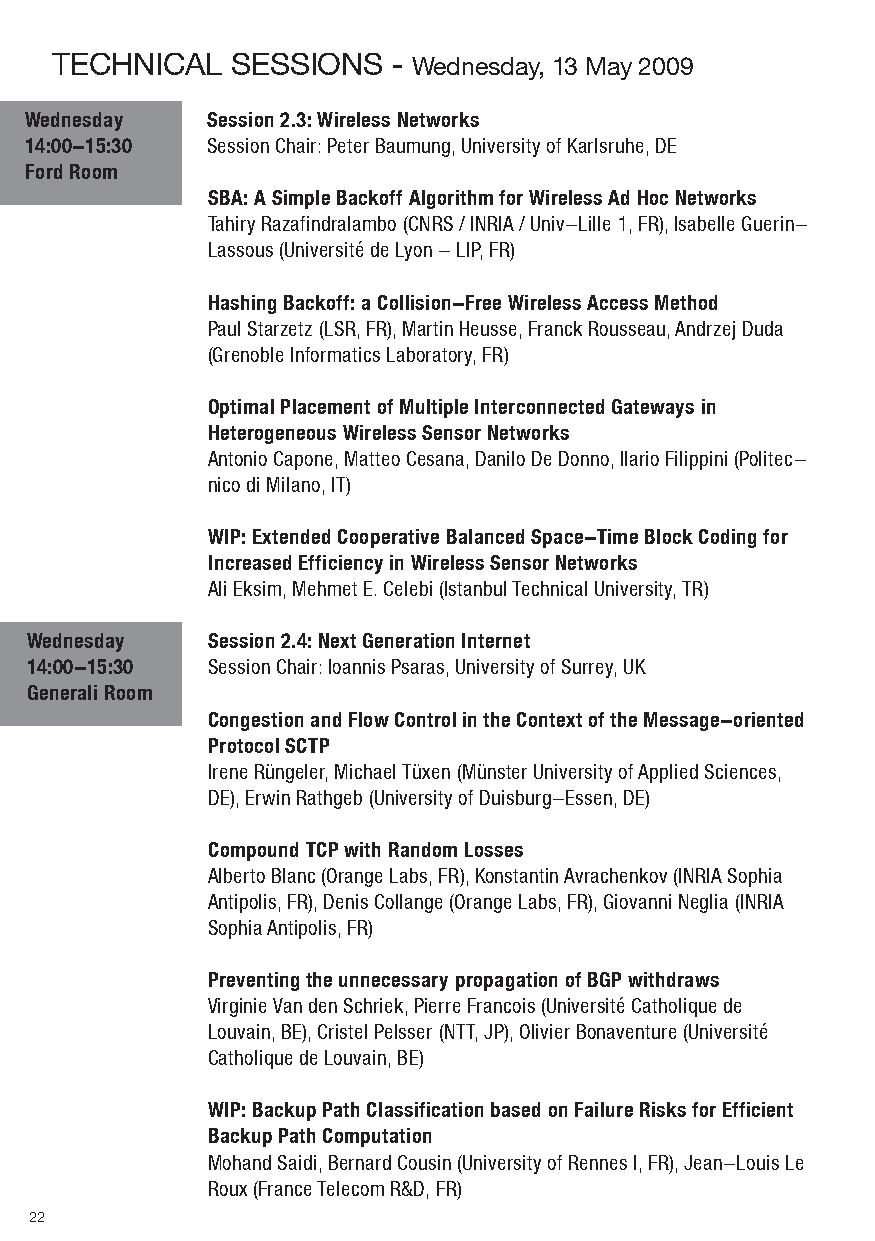
teCHNICAl   SeSSIoNS   - wednesday, 13 May 2009
 Wednesday   Session 2.3: Wireless Networks
 14:00-15:30 Session Chair: Peter Baumung, University of Karlsruhe, DE
 Ford Room
 SBA: A Simple Backoff Algorithm for Wireless Ad Hoc Networks
 Tahiry Razafindralambo (CNRS / INRIA / Univ-Lille 1, FR), Isabelle Guerin-
 Lassous (Université de Lyon - LIP, FR)
 Hashing Backoff: a Collision-Free Wireless Access Method
 Paul Starzetz (LSR, FR), Martin Heusse, Franck Rousseau, Andrzej Duda
 (Grenoble Informatics Laboratory, FR)
 Optimal Placement of Multiple Interconnected Gateways in
 Heterogeneous Wireless Sensor Networks
 Antonio Capone, Matteo Cesana, Danilo De Donno, Ilario Filippini (Politec-
 nico di Milano, IT)
 WIP: Extended Cooperative Balanced Space-Time Block Coding for
 Increased Efficiency in Wireless Sensor Networks
 Ali Eksim, Mehmet E. Celebi (Istanbul Technical University, TR)
 Wednesday   Session 2.4: Next Generation Internet
 14:00-15:30 Session Chair: Ioannis Psaras, University of Surrey, UK
 Generali Room
 Congestion and Flow Control in the Context of the Message-oriented
 Protocol SCTP
 Irene Rüngeler, Michael Tüxen (Münster University of Applied Sciences,
 DE), Erwin Rathgeb (University of Duisburg-Essen, DE)
 Compound TCP with Random Losses
 Alberto Blanc (Orange Labs, FR), Konstantin Avrachenkov (INRIA Sophia
 Antipolis, FR), Denis Collange (Orange Labs, FR), Giovanni Neglia (INRIA
 Sophia Antipolis, FR)
 Preventing the unnecessary propagation of BGP withdraws
 Virginie Van den Schriek, Pierre Francois (Université Catholique de
 Louvain, BE), Cristel Pelsser (NTT, JP), Olivier Bonaventure (Université
 Catholique de Louvain, BE)
 WIP: Backup Path Classification based on Failure Risks for Efficient
 Backup Path Computation
 Mohand Saidi, Bernard Cousin (University of Rennes I, FR), Jean-Louis Le
 Roux (France Telecom R&D, FR)
 22